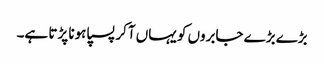
بڑے بڑے جابروں کو یہاں آکر پسپا ہونا پڑتا ہے۔